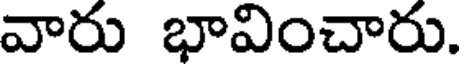
వారు భావించారు.